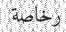
رخاصة